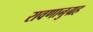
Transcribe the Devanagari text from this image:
रावणानुग्रह